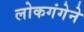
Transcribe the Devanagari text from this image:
लोकगंगेने